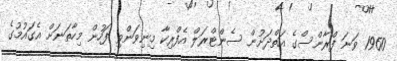
1960 ވަނަ ފްރާންސްގެ އަތްދަށުން ސެންޓްރަލް އެފްރިކާ މިނިވަންވި ފަހުން މިހާތަނަށް އެގައުމުގެ